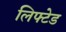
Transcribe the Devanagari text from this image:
लिफ्टेड